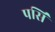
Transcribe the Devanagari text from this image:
पर्सि